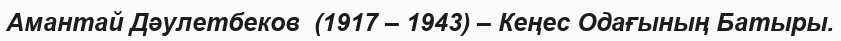
Амантай Дәулетбеков  (1917 – 1943) – Кеңес Одағының Батыры.